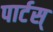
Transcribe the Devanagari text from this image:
पार्टस्